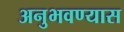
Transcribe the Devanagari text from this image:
अनुभवण्यास